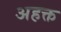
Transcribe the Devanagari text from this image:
अहक्त